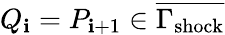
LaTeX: Q_{\mathbf{i}}=P_{\mathbf{i}+1}\in\overline{{{\Gamma_{\mathrm{{shock}}}}}}